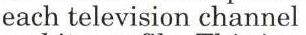
each television channel